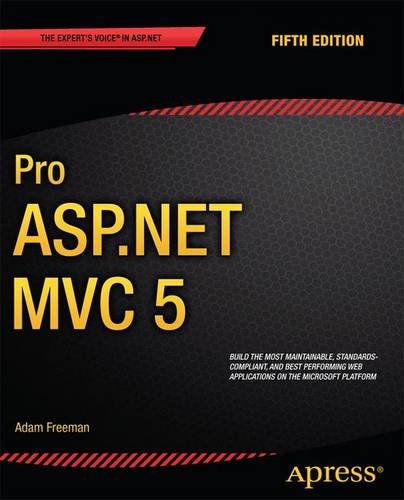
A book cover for Pro ASP.NET MVC 5 (Expert's Voice in ASP.Net); Adam Freeman; Computers & Technology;